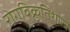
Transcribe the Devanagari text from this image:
रोगविक्रुतिशास्त्र